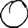
Digit: 0